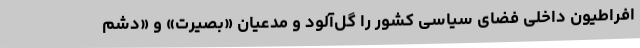
افراطیون داخلی فضای سیاسی کشور را گل‌آلود و مدعیان «بصیرت» و «دشم